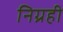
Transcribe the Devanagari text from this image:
निग्रही